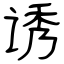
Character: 诱